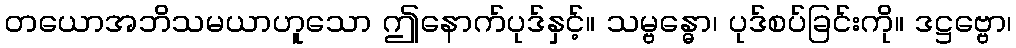
တယောအဘိသမယာဟူသော ဤနောက်ပုဒ်နှင့်။ သမ္ဗန္ဓော၊ ပုဒ်စပ်ခြင်းကို။ ဒဋ္ဌဗ္ဗော၊